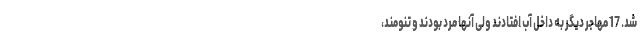
شد. 17 مهاجر دیگر به داخل آب افتادند ولی آنها مرد بودند و تنومند،